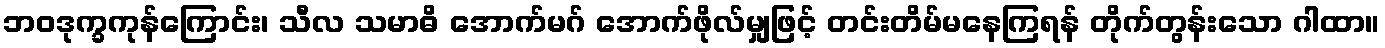
ဘဝဒုက္ခကုန်ကြောင်း၊ သီလ သမာဓိ အောက်မဂ် အောက်ဖိုလ်မျှဖြင့် တင်းတိမ်မနေကြရန် တိုက်တွန်းသော ဂါထာ။